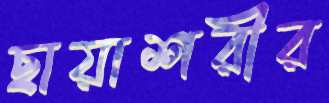
ছায়াশরীর